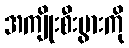
အကျိုးစီးပွားကို